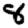
Digit: 8